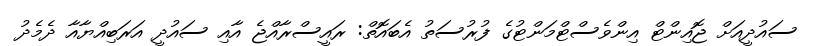
ސައުދީއަށް ޖޮއިންޓް އިންވެސްޓްމަންޓުގެ ފުރުސަތު އެބައޮތް: ރައީސްރާއްޖެ އާއި ސައުދީ އަރަބިއްޔާއާ ދެމެދު